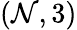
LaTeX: (\mathcal{N},3)